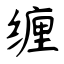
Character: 缠